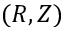
( R , Z )